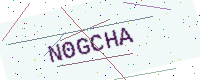
Text: N0GCHA